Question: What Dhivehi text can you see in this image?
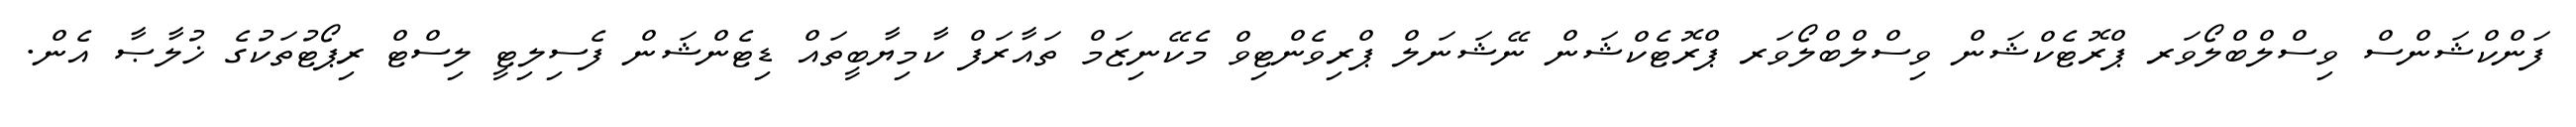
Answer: ފަންކްޝަންސް ވިސްލްބްލޯވަރ ޕްރޮޓެކްޝަން ވިސްލްބްލޯވަރ ޕްރޮޓެކްޝަން ނޭޝަނަލް ޕްރިވެންޓިވް މެކޭނިޒަމް ތައާރަފް ކާމިޔާބީތައް ޑިޓެންޝަން ފެސިލިޓީ ލިސްޓް ރިޕޯޓުތަކުގެ ޚުލާޞާ އެން.